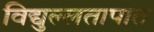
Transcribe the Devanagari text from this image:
विद्युल्लतापात